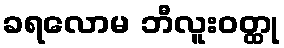
ခရလောမ ဘီလူးဝတ္ထု